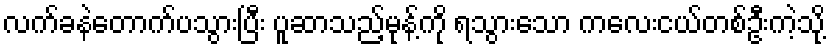
လက်ခနဲတောက်ပသွားပြီး ပူဆာသည့်မုန့်ကို ရသွားသော ကလေးငယ်တစ်ဦးကဲ့သို့